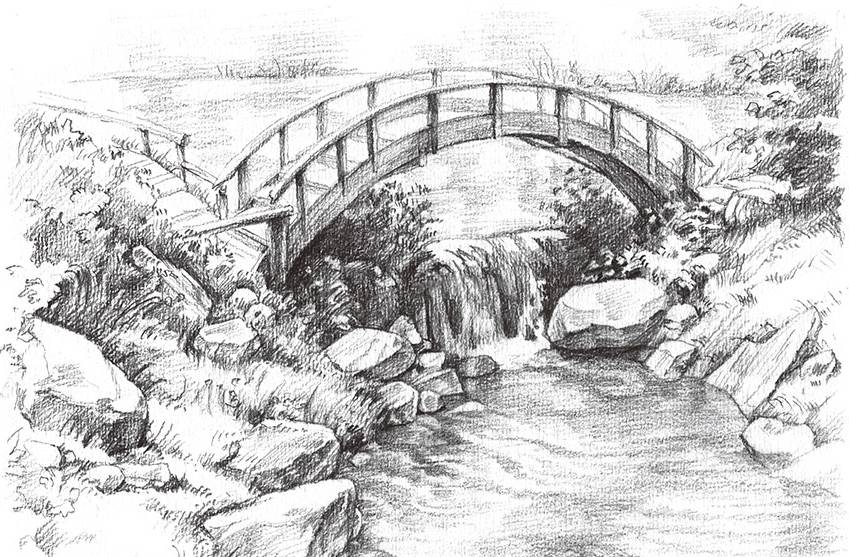
碧云无渡碧天沉，是湖心，是侬心。